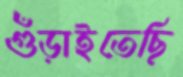
গুঁড়াইতেছি